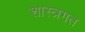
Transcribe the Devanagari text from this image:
शास्त्रगत